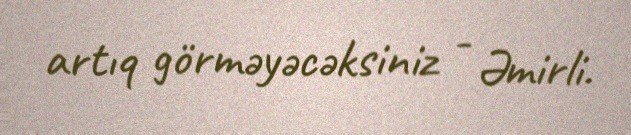
artıq görməyəcəksiniz - Əmirli.